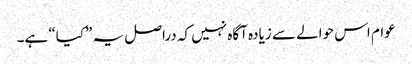
عوام اس حوالے سے زیادہ آگاہ نہیں کہ دراصل یہ ”کیا“ ہے۔